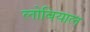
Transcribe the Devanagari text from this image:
लोबियाल